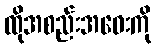
ထိုအစည်းအဝေးကို